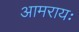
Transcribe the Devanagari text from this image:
आमरायः